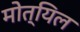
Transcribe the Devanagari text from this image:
मोत्यिल